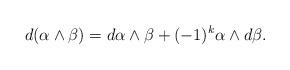
LaTeX: \begin{align*}d(\alpha \wedge \beta) = d\alpha \wedge \beta + (-1)^k \alpha \wedge d \beta.\end{align*}